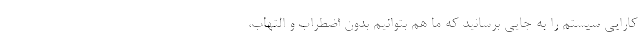
کارایی سیستم را به جایی برسانید که ما هم بتوانیم بدون اضطراب و التهاب،